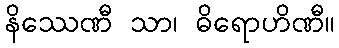
နိဿေဏီ သာ၊ ဓိရောဟိဏီ။